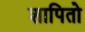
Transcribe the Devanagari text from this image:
शापितो